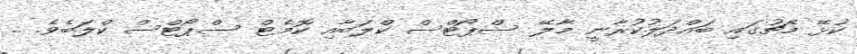
ކުޅޭ މެޗުގައި ބައްދަލުކުރާނީ މާލޭ ސްޕޯޓްސް ކްލަބާއި ކޮމެޓް ސްޕޯޓްސް ކްލަބެވެ. ..